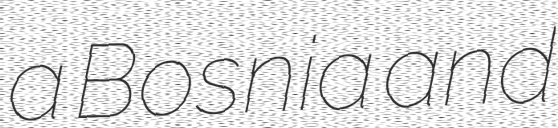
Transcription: a Bosnia and